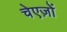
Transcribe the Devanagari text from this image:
चेएज़ों